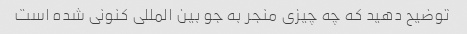
توضیح دهید که چه چیزی منجر به جو بین المللی کنونی شده است